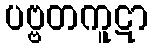
ပဗ္ဗတကူဋာ